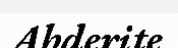
Abderite